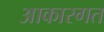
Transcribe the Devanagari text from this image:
आकारगत